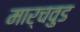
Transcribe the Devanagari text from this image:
मार्चवुड